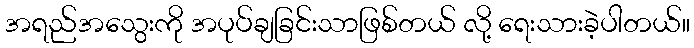
အရည်အသွေးကို အပုပ်ချခြင်းသာဖြစ်တယ် လို့ ရေးသားခဲ့ပါတယ်။